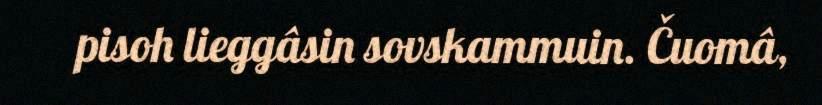
pisoh lieggâsin sovskammuin. Čuomâ,